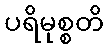
ပရိမုစ္စတိ